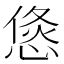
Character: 𭝶